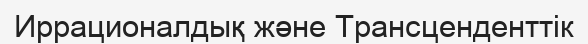
Иррационалдық және Трансценденттік